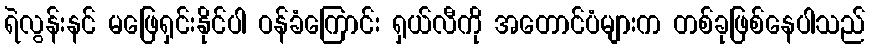
ရဲလွန်းနင် မဖြေရှင်းနိုင်ပါ ဝန်ခံကြောင်း ရှယ်လီကို အတောင်ပံများက တစ်ခုဖြစ်နေပါသည်